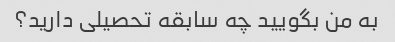
به من بگویید چه سابقه تحصیلی دارید؟